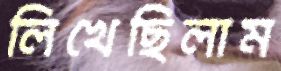
লিখেছিলাম